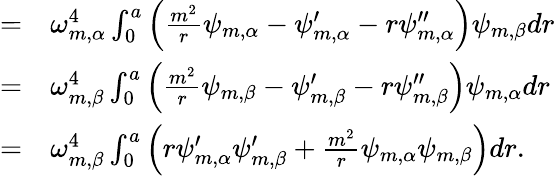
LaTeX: \begin{array}{rl}{=}&{{}\omega_{m,\alpha}^{4}\int_{0}^{a}\left(\frac{m^{2}}{r}\psi_{m,\alpha}-\psi_{m,\alpha}^{\prime}-r\psi_{m,\alpha}^{\prime\prime}\right)\psi_{m,\beta}dr}\\ {=}&{{}\omega_{m,\beta}^{4}\int_{0}^{a}\left(\frac{m^{2}}{r}\psi_{m,\beta}-\psi_{m,\beta}^{\prime}-r\psi_{m,\beta}^{\prime\prime}\right)\psi_{m,\alpha}dr}\\ {=}&{{}\omega_{m,\beta}^{4}\int_{0}^{a}\left(r\psi_{m,\alpha}^{\prime}\psi_{m,\beta}^{\prime}+\frac{m^{2}}{r}\psi_{m,\alpha}\psi_{m,\beta}\right)dr.}\end{array}